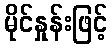
မိုင်နှုန်းဖြင့်